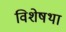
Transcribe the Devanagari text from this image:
विशेषथा